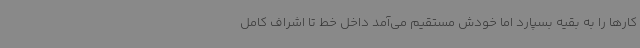
کارها را به بقیه بسپارد اما خودش مستقیم می‌آمد داخل خط تا اشراف کامل